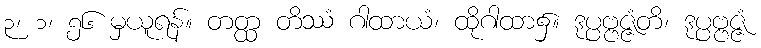
၃၊ ၁၊ ၅၆ မှယူရန်။ တတ္ထ တိဿံ ဂါထာယံ၊ ထိုဂါထာ၌။ ဒုပ္ပဗ္ဗဇ္ဇံတိ၊ ဒုပ္ပဗ္ဗဇ္ဇံ